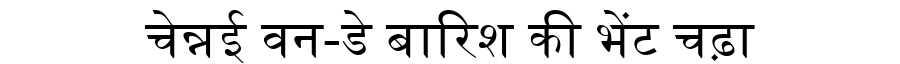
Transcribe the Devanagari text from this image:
चेन्नई वन-डे बारिश की भेंट चढ़ा